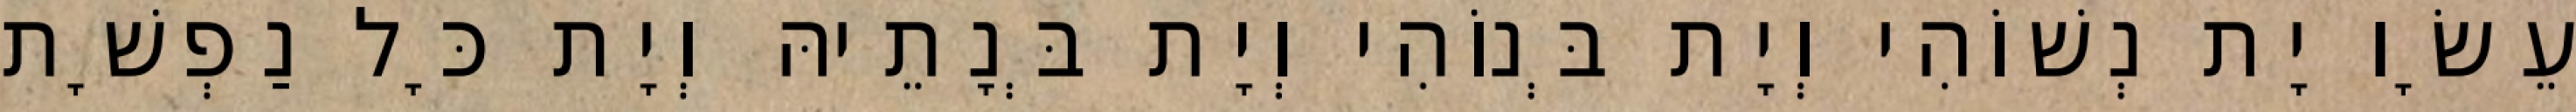
עֵשָׂו יָת נְשׁוֹהִי וְיָת בְּנוֹהִי וְיָת בְּנָתֵיהּ וְיָת כָּל נַפְשָׁת